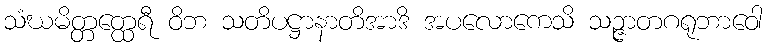
သံဃမိတ္တတ္ထေရီ ဝိဘ သတိပဋ္ဌာနာတိအာဒိ အပလောကေသိ သဉ္ဇာတဂရုဘာဝေါ